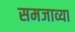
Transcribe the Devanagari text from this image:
समजाव्या